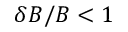
\delta B / B < 1